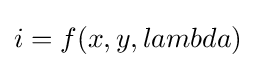
i=f(x,y,lambda)